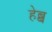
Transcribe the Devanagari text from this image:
हेब्ब